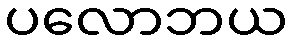
ပလောဘယ